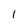
Character: I